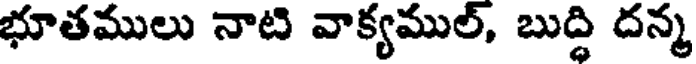
భూతములు నాటి వాక్యముల్, బుద్ధి దన్మ